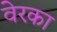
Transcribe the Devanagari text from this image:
वेरका